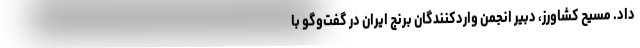
داد. مسیح کشاورز، دبیر انجمن واردکنندگان برنج ایران در گفت‌وگو با